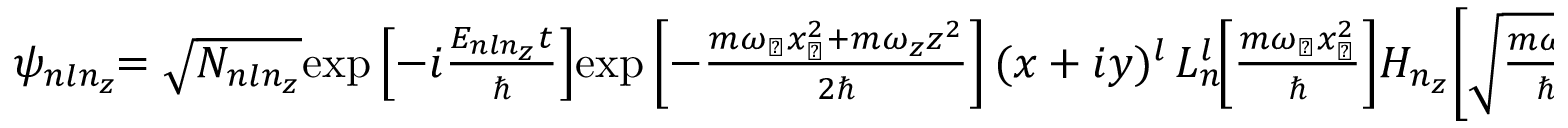
\begin{array} { r } { \psi _ { n l n _ { z } } \! \! = \sqrt { N _ { n l n _ { z } } } \! \exp \left[ - i \frac { E _ { n l n _ { z } } t } { \hbar } \right] \! \exp \left[ - \frac { m \omega _ { \perp } x _ { \perp } ^ { 2 } + m \omega _ { z } z ^ { 2 } } { 2 \hbar } \right] ( x + i y ) ^ { l } \, L _ { n } ^ { l } \! \! \left[ \frac { m \omega _ { \perp } x _ { \perp } ^ { 2 } } { \hbar } \right] \! H _ { n _ { z } } \! \left[ \sqrt { \frac { m \omega _ { z } } { \hbar } } z \right] , } \end{array}